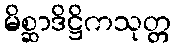
မိစ္ဆာဒိဋ္ဌိကသုတ္တ